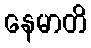
နေမာတိ